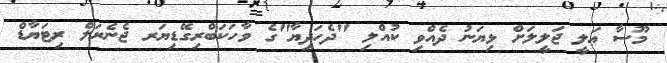
މޫސާ ޢަލީ ޖަލީލަށް ޅިޔަނު ދެއްވި ކުއްލި "ދެހަދިޔާ"ގެ ވާހަކަބްރިގޭޑިޔަރ ޖެނެރަލް ރިޓަޔާޑް